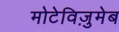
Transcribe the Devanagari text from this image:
मोटेविज़ुमेब